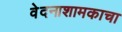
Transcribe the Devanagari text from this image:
वेदनाशामकाचा